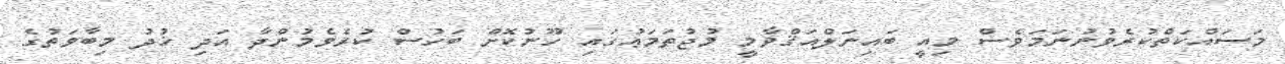
މަސައްކަތްކުރެވުނުނަމަވެސް މިއީ ބައިނަލްއަޤްވާމީ މުޖުތަމަޢުގައި ހޫނުކޮށް ބަހުސް ކުރެވެމުންދާ އަދި ޚުދު މިބާވަތުގެ